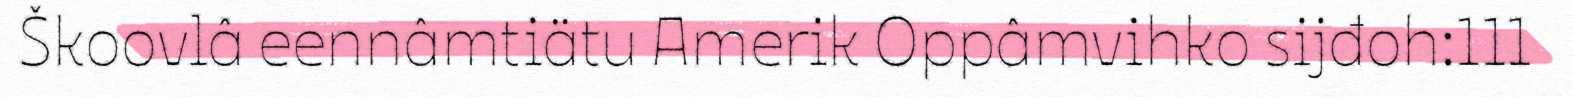
Škoovlâ eennâmtiätu Amerik Oppâmvihko sijđoh:111